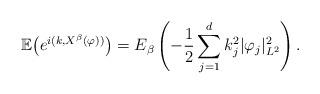
LaTeX: \begin{align*}\mathbb{E}\big(e^{i(k,X^{\beta}(\varphi))}\big)=E_{\beta}\left(-\frac{1}{2}\sum_{j=1}^{d}k_{j}^{2}|\varphi_{j}|_{L^{2}}^{2}\right).\end{align*}